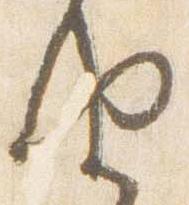
由